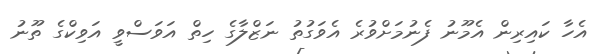
އެހާ ކައިރިން އެމޫނު ފެނުމަށްވުރެ އެވަގުތު ނަޒްލާގެ ހިތް އަވަސްވީ އަވިކްގެ ތޫނު